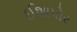
ઈશાપોર